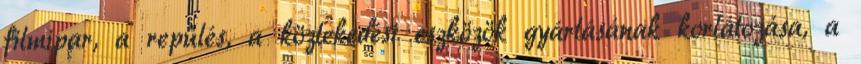
filmipar, a repülés, a közlekedési eszközök gyártásának korlátozása, a